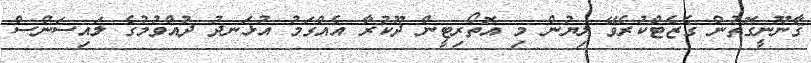
ޤާނޫނީގޮތުން ގެޒެޓްކުރެވޭ ލިޔުން މި އޮތޯރިޓީން ދޫކުރާ އެއްގަމު އުޅަނދު ދުއްވުމުގެ ލައިސަންސް